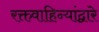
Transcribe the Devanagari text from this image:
रक्तवाहिन्यांद्वारे